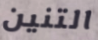
التنين